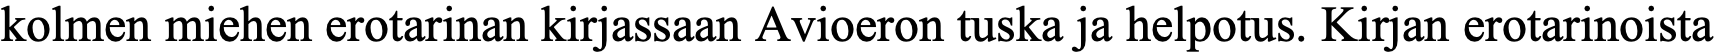
kolmen miehen erotarinan kirjassaan Avioeron tuska ja helpotus. Kirjan erotarinoista